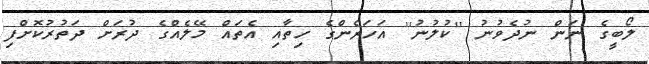
ލޯބީގެ ނަން ނުދެވުނު ''ކުލުނު'' އަހަރެންގެ ހިތާއި އެތައް މޭލެއްގެ ދުރަށް ދަތުރުކޮށްފި